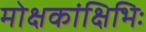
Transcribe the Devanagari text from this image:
मोक्षकांक्षिभिः